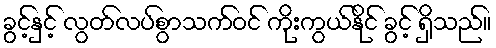
ခွင့်နှင့် လွတ်လပ်စွာသက်ဝင် ကိုးကွယ်နိုင် ခွင့် ရှိသည်။